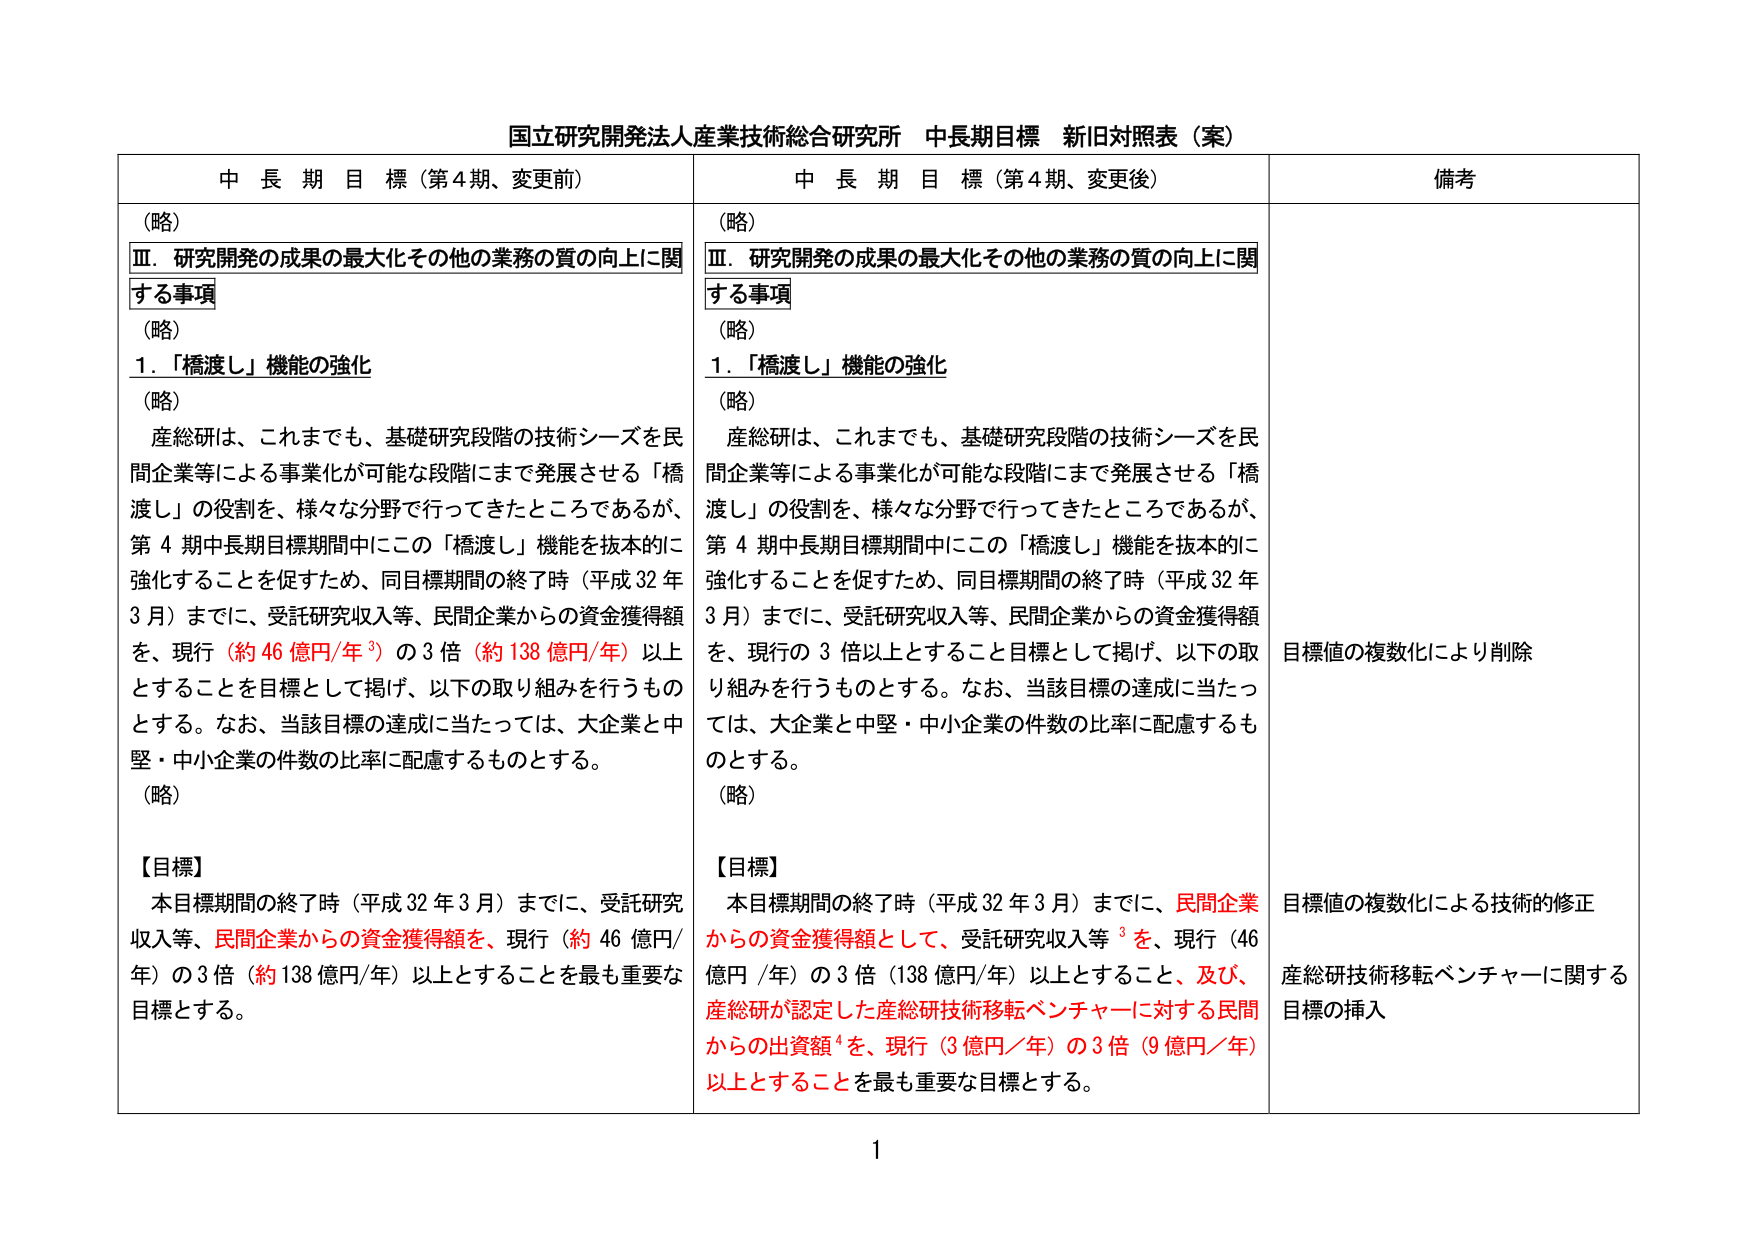
国立研究開発法人産業技術総合研究所 中長期目標 新旧対照表（案）

中 長 期 目 標（第4期、変更前）